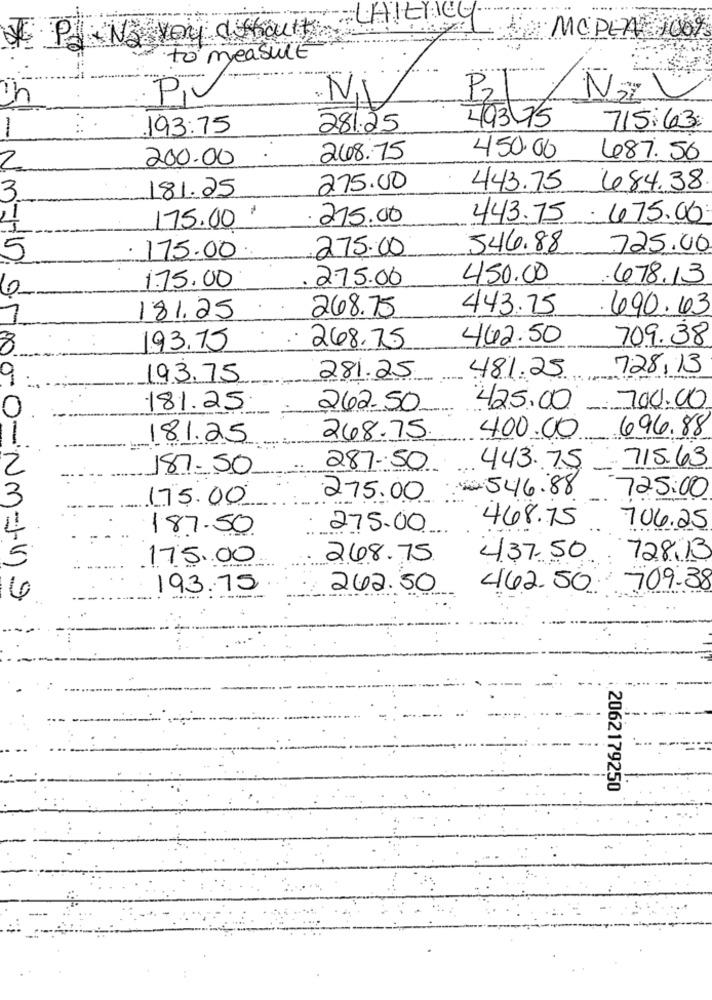
CHICACO.
VIP . No voy difficult
MCPEN 100%
to measure
Pi
P2
N=I
..:
.193:75
281.25
49375
715:63:
200.00
248.75
450.00
487.50
2
181.25
275.00
443.75
484.38
3
1
215.00
443.75
675.00
175.00
546.88
725.00
5
175.00
275.00
275.00
450.00
678.13
1.75.00
268.75
443.75
.490.43
181.25
462.50
709.38
193.75
248.75
481.25
728.13
9
193.75
281.25
0
·181.25
262.50
425.00 700.00
696.88
1
18.1.25
248.75.
400.00
715.63
2
187.50
287-50
443.75
V .: 546.88
725.00
3
175.00
275.00
468.75
187.50
275.00
706.25
175.00
248.75
437.50
128.13
193.75
242.50
462.50
709.38
2062179250